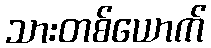
သားတစ်ယောက်